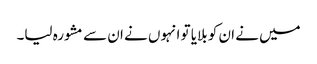
میں نے ان کو بلایا تو انہوں نے ان سے مشورہ لیا۔